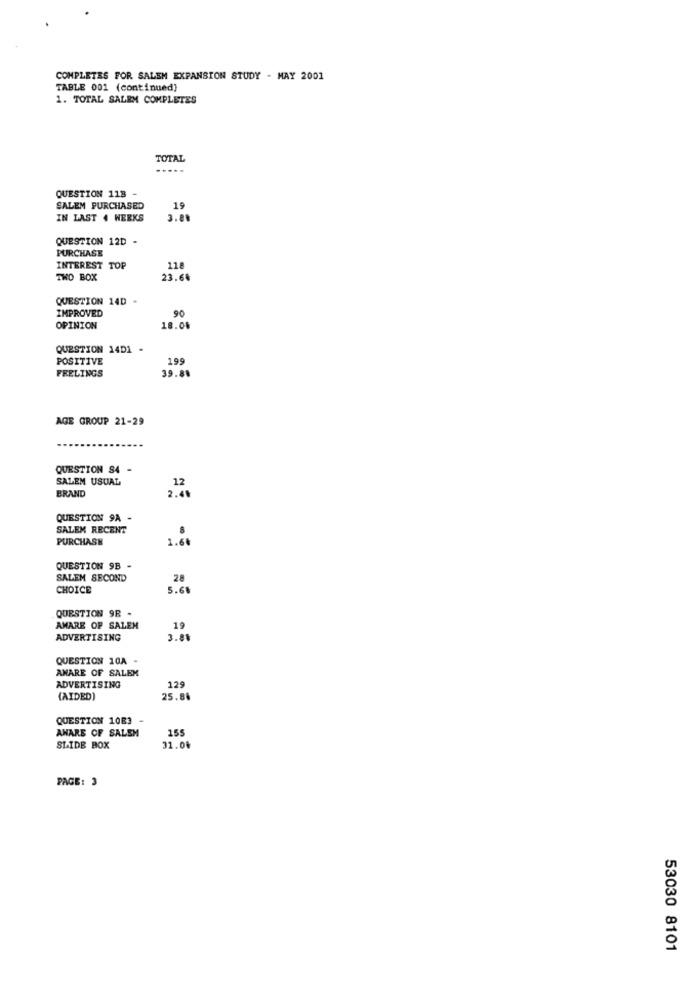
COMPLETES FOR SALEM EXPANSION STUDY - MAY 2001
TABLE 001 (continued)
1. TOTAL SALEM COMPLETES
TOTAL
QUESTION 118
SALEM PURCHASED
19
IN LAST 4 WEEKS
3.88
QUESTION 12D -
PURCHASE
INTEREST TOP
118
TWO BOX
23.68
QUESTION 14D
IMPROVED
90
OPINION
18.0%
QUESTION 14D1
POSITIVE
199
FRELINGS
39.88
AGE GROUP 21-29
QUESTION S4 -
SALEM USUAL
12
BRAND
2.41
QUESTION 9A -
SALEM RECENT
PURCHASE
1.66
QUESTION 9B -
SALEM SECOND
28
CHOICE
5.68
QUESTION 9R .
AMARE OF SALEN
19
ADVERTISING
3.81
QUESTION 10A -
AMARE OF SALEM
ADVERTISING
129
(AIDED)
25.86
QUESTION 1083 -
AWARE OF SALEM
155
SLIDE BOX
31.04
PAGE: 3
53030 8101